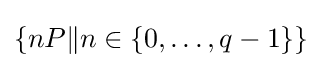
\textstyle \left\{nP\|n\in \left\{0,\ldots ,q-1\right\}\right\}